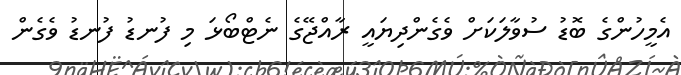
އެމީހުންގެ ބޮޑު ސުވާލަކަށް ވެގެންދިޔައީ ރާއްޖޭގެ ނެޓްބޯޅަ މި ފުނޑު ފުނޑު ވެގެން